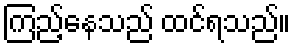
ကြည့်နေသည် ထင်ရသည်။